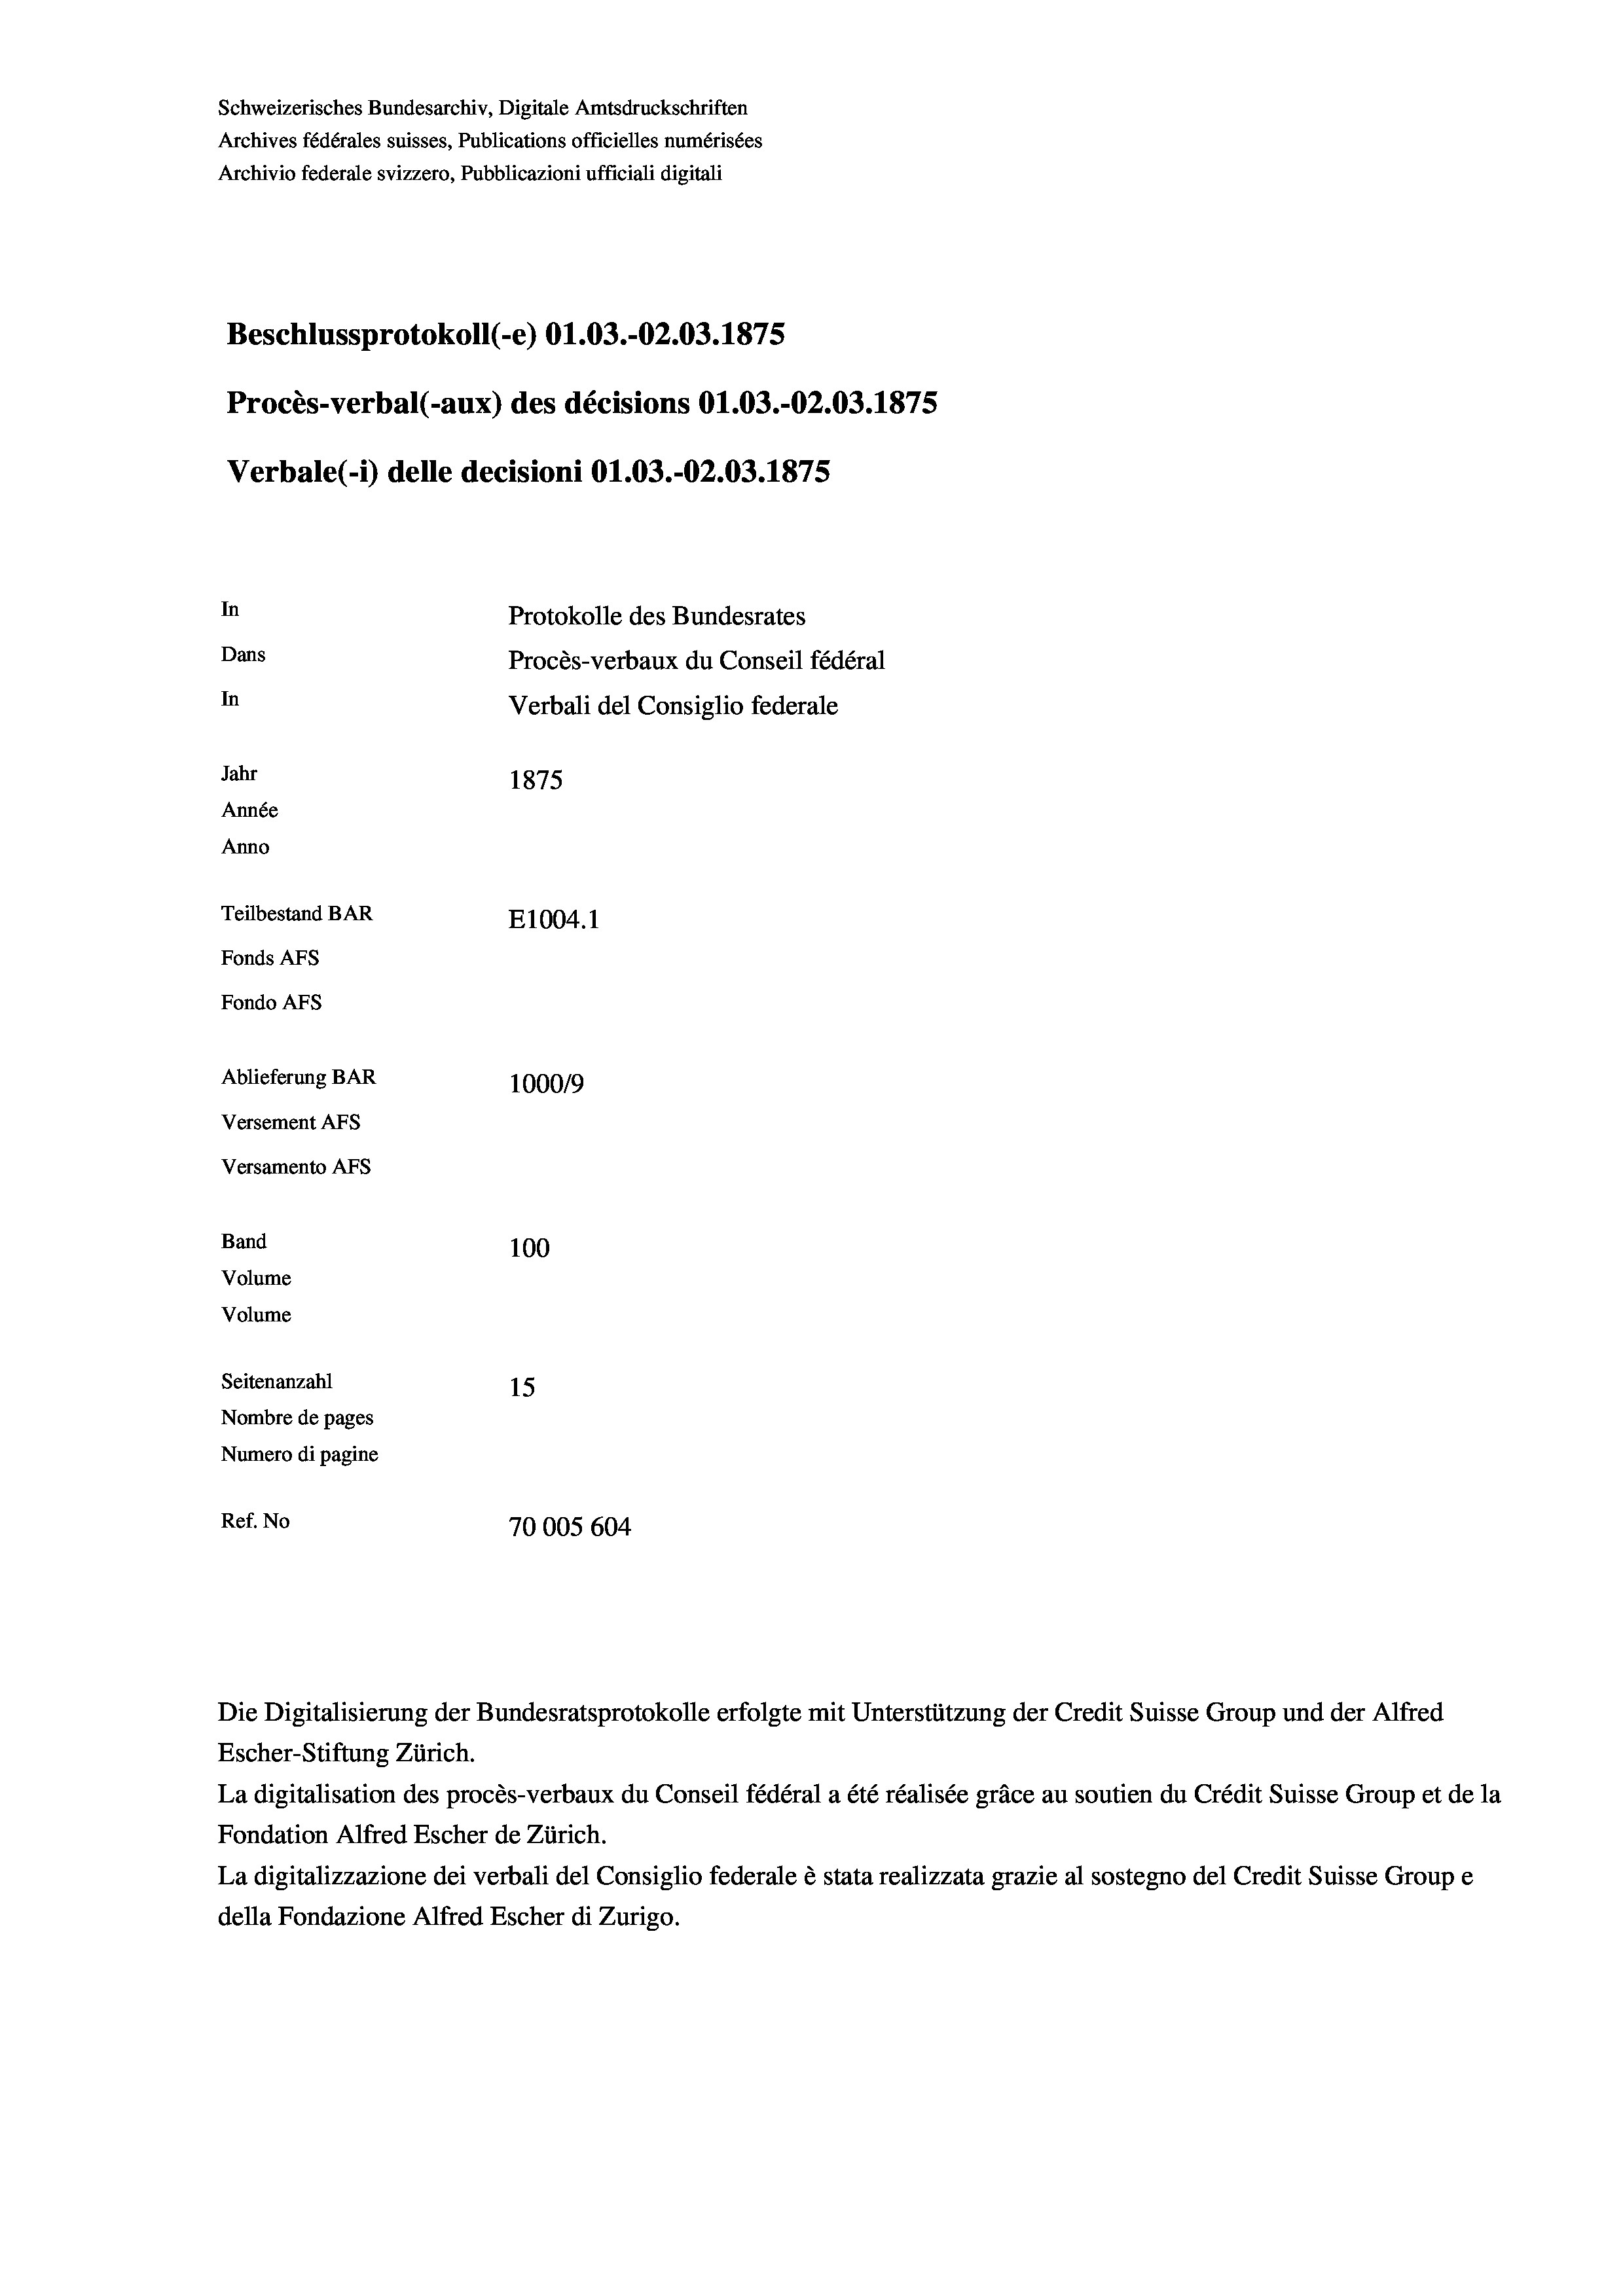
Schweizerisches Bundesarchiv, Digitale Amtsdruckschriften
Archives fédérales suisses, Publications officielles numérisées
Archivio federale svizzero, Pubblicazioni ufficiali digitali
Beschlussprotokoll (-e) O1.03.-O2.03. 1875
Procès-verbal (-aux) des décisions O1.03.-O2.03.1875
Verbale (- 1) delle decisioni Ol.03.-02.03. 1875
In
Protokolle des Bundesrates
Dans
Procès-verbaux du Conseil fédéral
In
Verbali del Consiglio federale
Jahr
1875
Année
Anno
Teilbestand BAR
E1004. 1
Fonds AFs
Fondo Afs
Ablieferung BAR
100019
Versement AFs
Versamento AFS
Band
100
Volume
Volume

Seitenanzahl
15
Nombre de pages
Numero di pagine
Ref. No
70005 604

Escher-Stiftung Zürich.
La digitalisation des procès-verbaux du Conseil fédéral a été réalisée gräce au soutien du Crédit Suisse Group et de la
Fondation Alfred Escher de Zürich.
La digitalizzazione dei verbali del Consiglio federale è stata realizzata grazie al sostegno del Credit Suisse Groupe
della Fondazione Alfred Escher di Zurigo.

Die Digitalisierung der Bundesratsprotokolle erfolgte mit Unterstützung der Credit Suisse Group und der Alfred